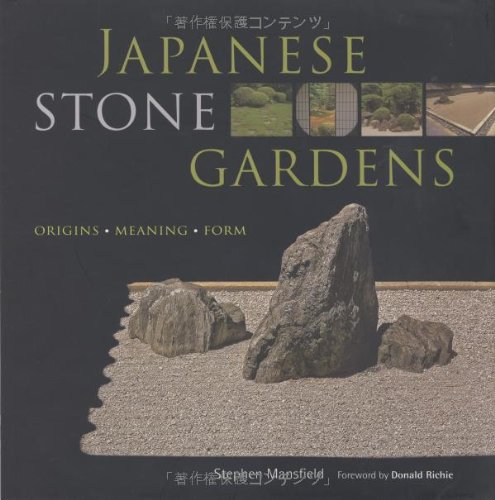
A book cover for Japanese Stone Gardens: Origins, Meaning, Form; Stephen Mansfield; Crafts, Hobbies & Home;